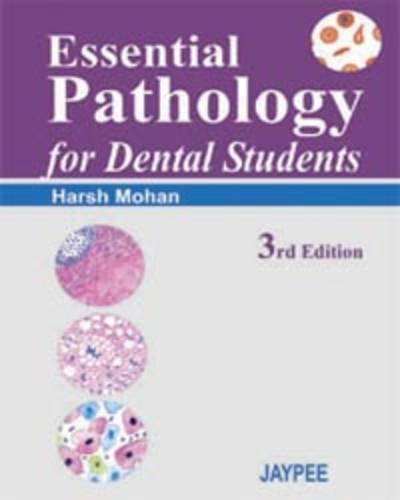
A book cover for Essential Pathology for Dental Students; Harsh Mohan; Medical Books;